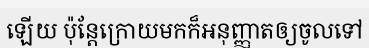
ឡើយ ប៉ុន្តែក្រោយមកក៏អនុញ្ញាតឲ្យចូលទៅ